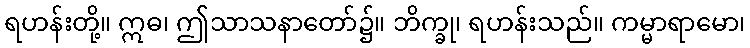
ရဟန်းတို့။ ဣဓ၊ ဤသာသနာတော်၌။ ဘိက္ခု၊ ရဟန်းသည်။ ကမ္မာရာမော၊